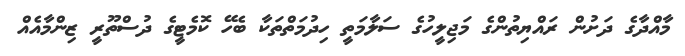
މާއްދާގެ ދަށުން ރައްޔިތުންގެ މަޖިލީހުގެ ސަލާމަތީ ހިދުމަތްތަކާ ބެހޭ ކޮމެޓީގެ ދުސްތޫރީ ޒިންމާއެއް